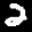
Label: 2